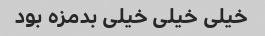
خیلی خیلی خیلی بدمزه بود